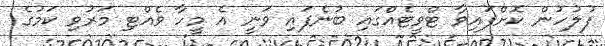
ފުލުހުން ކޮށްފައިވާ ޓްވީޓެއްގައި ބުނެފައި ވަނީ އެ މީހާ ވެއްޓި މަރުވި ކަމުގެ